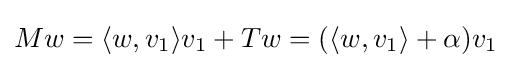
Mw=\langle w,v_{1}\rangle v_{1}+Tw=(\langle w,v_{1}\rangle +\alpha )v_{1}